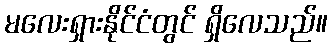
မလေးရှားနိုင်ငံတွင် ရှိလေသည်။